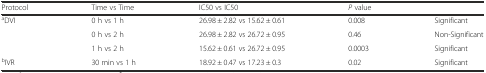
| Protocol | Time vs Time | IC50 vs IC50 | P value |  |
 | --- | --- | --- | --- | --- |
 | aDVI | 0 h vs 1 h | 26.98 ± 2.82 vs 15.62 ± 0.61 | 0.008 | Significant |
 |  | 0 h vs 2 h | 26.98 ± 2.82 vs 26.72 ± 0.95 | 0.46 | Non-Significant |
 |  | 1 h vs 2 h | 15.62 ± 0.61 vs 26.72 ± 0.95 | 0.0003 | Significant |
 | bIVR | 30 min vs 1 h | 18.92 ± 0.47 vs 17.23 ± 0.3 | 0.02 | Significant |